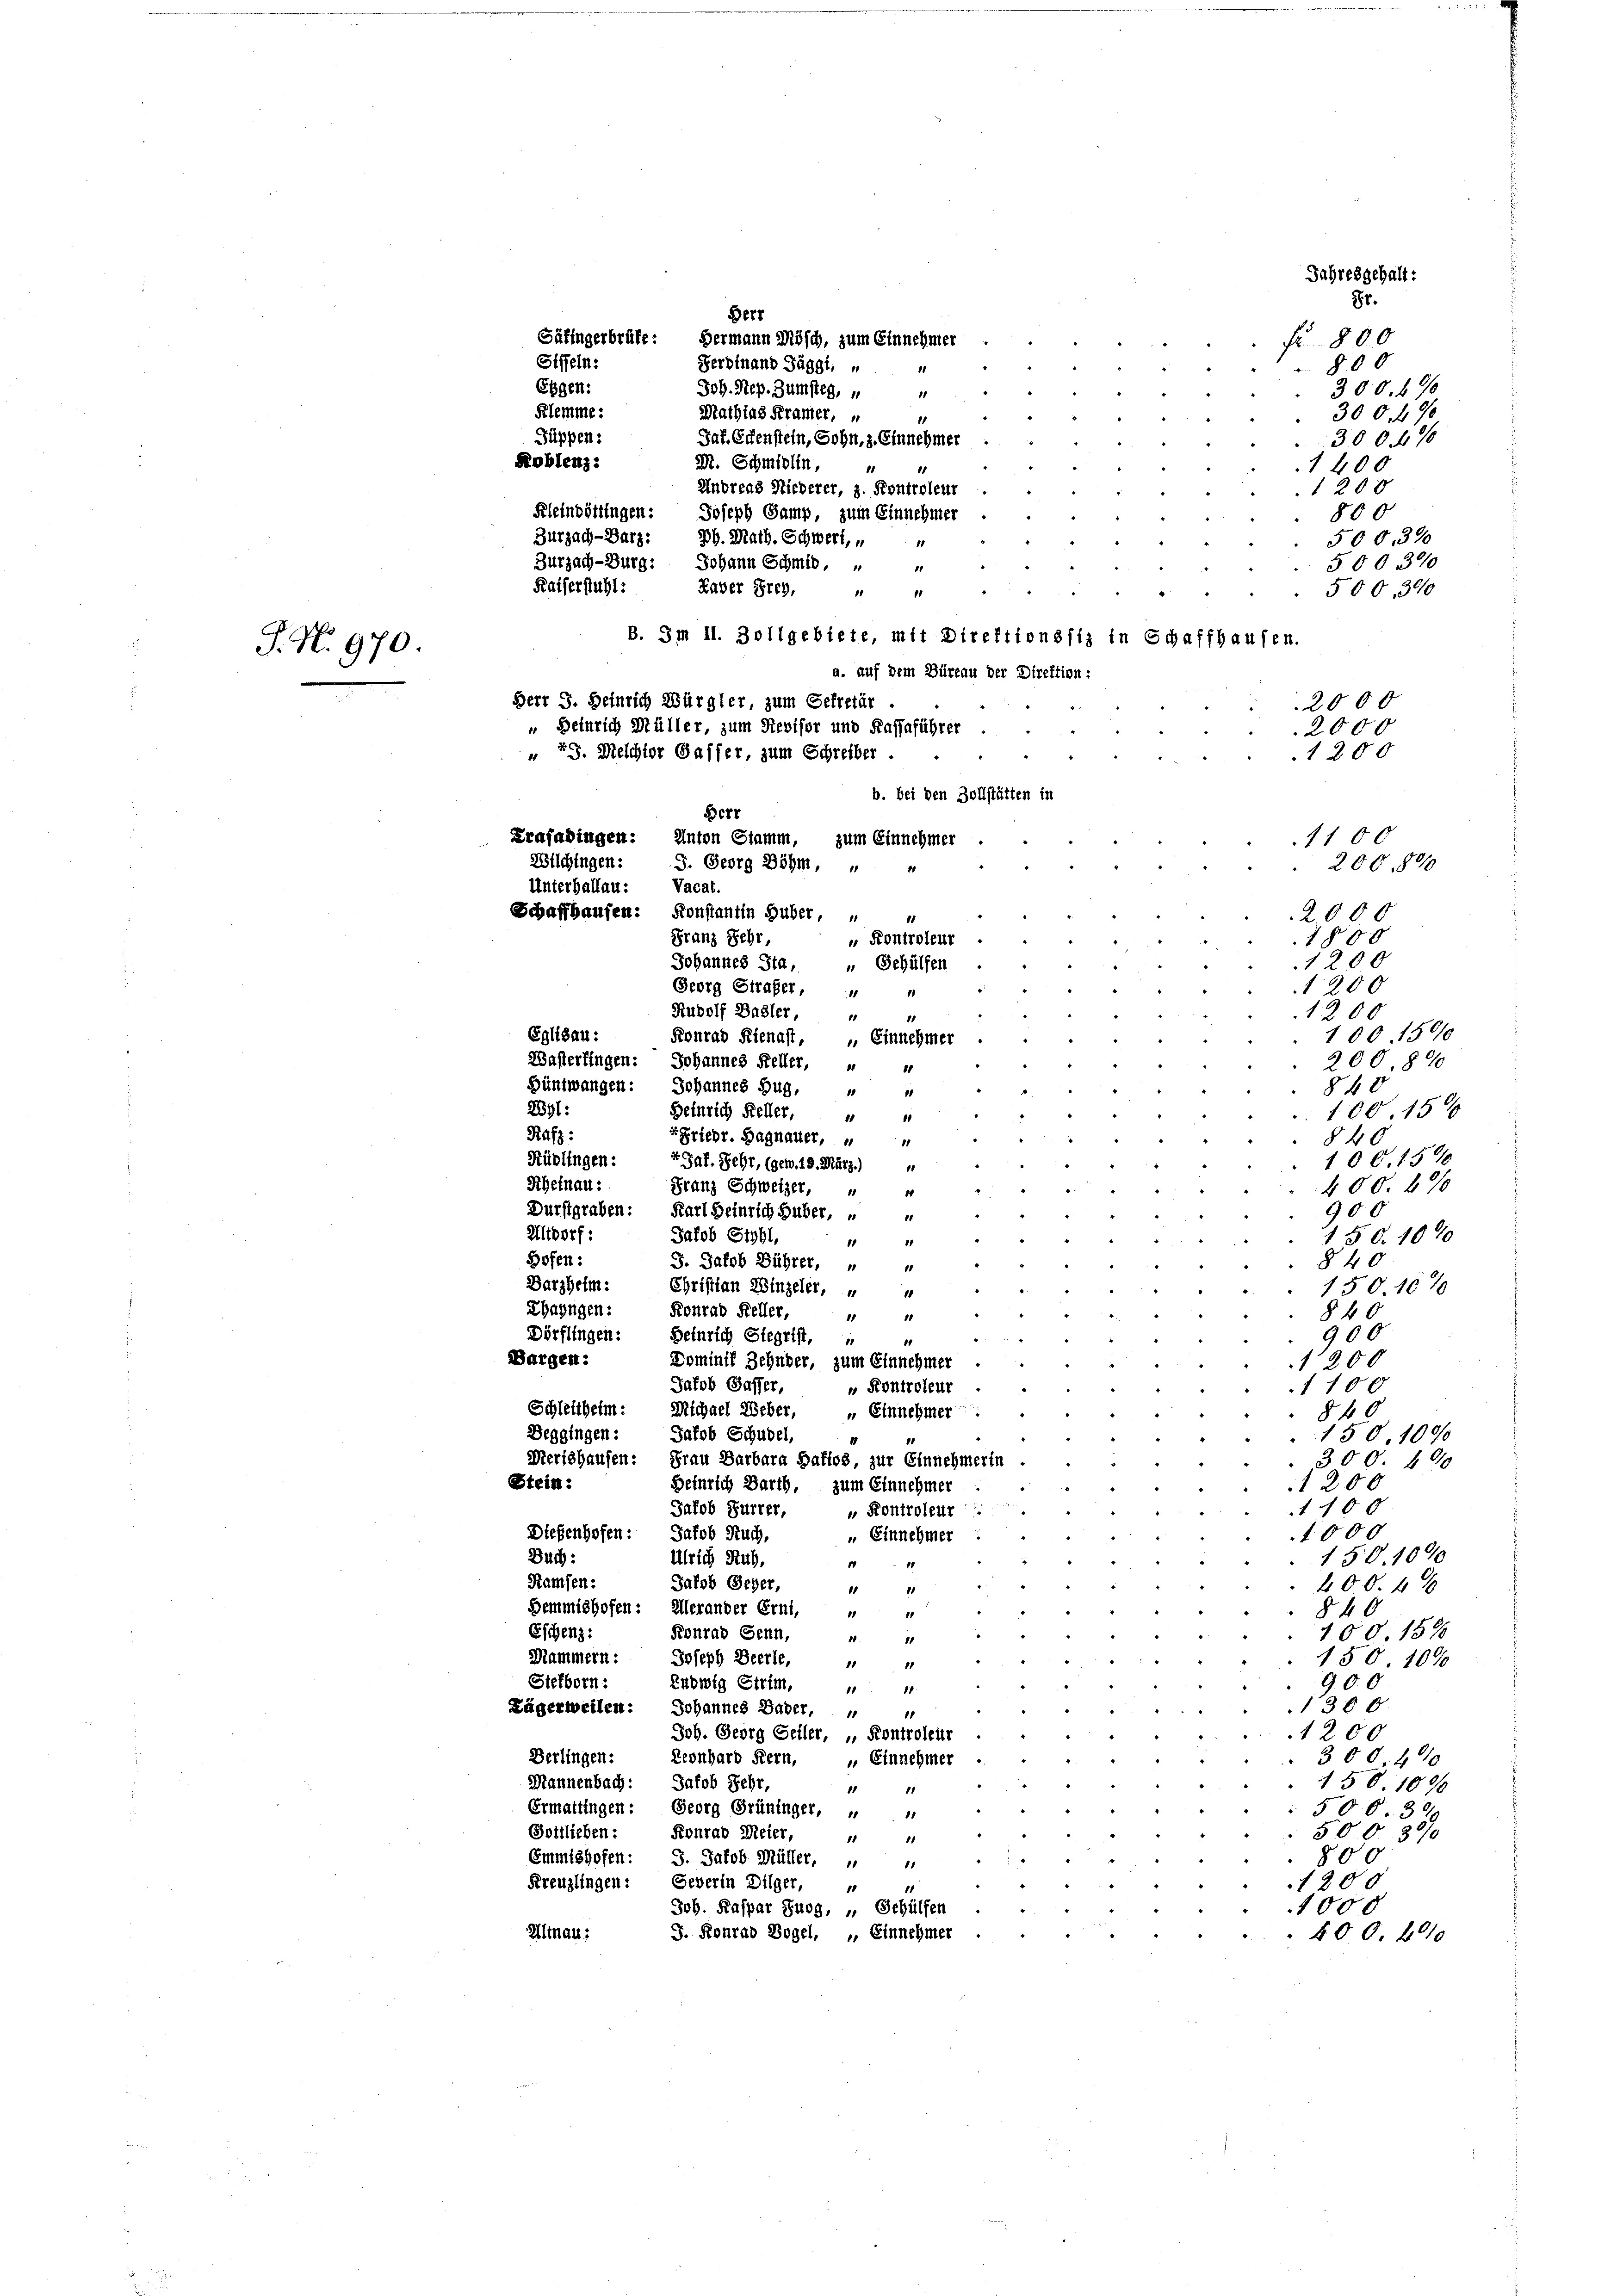
P. N. 970

Siffeln:
Ebgen:
Güppen:

87.
Berr
f 800
800
Joh. Sep. Zumsteg, u
300.
11
Klemme: Mathias Kramer, 4
300 f 30
300. 40
Koblenz. Sal. Edenstein, Sohn, z. Einnehmer
M. Schmidlin,
1400
20 x
Andreas Niederer, 3. Kontroleur
Fletnoöttingen: Joseph Gamp, zum Einnehmer
800
Zurzach-Darz: Jb. Math. Schwert,
500, 390
Zurzach-Burg: Johann Schmid,
500. 390
11
Kaiserstuhl:
Kaber Frey,
500, 390
11
8
B. Im 11. Zollgebiete, mit Direktionssiz in Schaffhausen.
1200
1100
200,800
Schaffhausen: Konstantin Huber,
2000
11
Franz Sehr,
 Kontroleur
1800
1200
Johannes Sta. " Gehülfen
1200
Georg Strafer,
1
Rudolf Basler,
1200
18
11
Eglisau:
100. 1500
Fonrad Kienast, – Einnehmer
Wasterfingen: Johannes Keller, " "
200.89
Hüntwangen: Johannes Zug,
840
10
Bl:
Heinrich Keller,
100. 156
1
1
Rafz:
Friedr. Bagnauer,
§ 40
Rüdlingen:
100. 1590
EGaf. Fehr, (geb. 19. März.) “
Rheinau:
Franz Schweizer,
400. 890
14
Durstgraben: Karl Heinrich Huber, u
900
11
Altdorf:
Jakob Stybl,
50. 107
11
1
Hofen:
840
J. Jakob Bührer, " "
Darzheim: Christian Einzeler, " "
150. 1010
Ehayngen: Konrad Keller,
§ 40
11
1
900
Dörflingen: Heinrich Siegrist,
“
4
Bargen:
Dominis Zehnder, zum Einnehmer
1200
Jakob Gasser,
1100
u Kontroleur
Schleitheim: Michael Weber,
 Einnehmer
8 40
Beggingen: Jakob Schubel,
150. 1000
Merishausen: Frau Barbara Baftos, zur Einnehmerin
300. 490
Stein:
1200
Heinrich Barth, zum Einnehmer
Jakob Furrer,
10 x
 Kontroleur
Diesenhofen: Jakob Ruch,
1000
" Einnehmer
Buch:
150. 1090
ülrich Ruh,
14 00
Ramsen:
Jakob Geher,
11
400. 40
11
Demmishofen: Allerander Erni,
840
11
11
Eschenz:
Konrad Genn,
100. 1596
80
11
Mammern: Joseph Beerle,
150 1090
1
11
Stefborn :
Ludwig Strim,
900
11
18
300
Lägerweilen: Johannes Baber,
18
1200
Joh. Georg Seiler, „ Kontroleur
Derlingen: Leonhard Kern, „Einnehmer
300. 400
Mannenbach: Jakob Sehr,
150. 1090
1
11
Ermattingen: Georg Grüninger,
506. 39
11
Gottlieben:
Konrad Meier,
500 890
11
11
Emmishofen: 3. Jakob Müller, „
800
11
Kreuzlingen: Severin Dilger,
1200
1000
Joh. Kaspar Suog, „ Gehülfen
Hinau:
J. Konrad Vogel, „ Einnehmer
400. 4010

Säfingerbräte: Hermann Mösch, zum Einnehmer
Ferdinand Jäggt, „

a. auf dem Büreau der Direktion:
Herr J. Heinrich Würgler, zum Sekretär
„ Beinrich Müller, zum Revisor und Kassaführer
“ 29. Melchter Gasser, zum Schreiber
.
b. bei den Zollstätten in
Berr
Trasadingen: Anton Stamm, zum Einnehmer
Wilchingen:
J. Georg Böhm,
1111
Vacat.
Unterballau:

sgehalt:

2000
2000